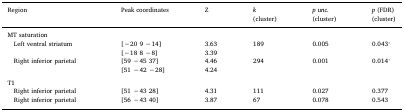
<table><thead><tr><td><b>Region</b></td><td><b>Peak coordinates</b></td><td><b>Z</b></td><td><b><i>k</i>(cluster)</b></td><td><b><i>p unc.</i>(cluster)</b></td><td><b><i>p</i> (FDR)(cluster)</b></td></tr></thead><tbody><tr><td colspan="6">MT saturation</td></tr><tr><td rowspan="2"> Left ventral striatum</td><td>[−20 9 −14]</td><td>3.63</td><td>189</td><td>0.005</td><td>0.043⁎</td></tr><tr><td>[−18 8 −8]</td><td>3.39</td><td></td><td></td><td></td></tr><tr><td rowspan="2"> Right inferior parietal</td><td>[59 −45 37]</td><td>4.46</td><td>294</td><td>0.001</td><td>0.014⁎</td></tr><tr><td>[51 −42 −28]</td><td>4.24</td><td></td><td></td><td></td></tr><tr><td colspan="6">  </td></tr><tr><td colspan="6">T1</td></tr><tr><td> Right inferior parietal</td><td>[51 −43 28]</td><td>4.31</td><td>111</td><td>0.027</td><td>0.377</td></tr><tr><td> Right inferior parietal</td><td>[56 −43 40]</td><td>3.87</td><td>67</td><td>0.078</td><td>0.543</td></tr></tbody></table>